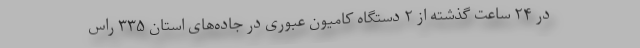
در ۲۴ ساعت گذشته از ۲ دستگاه کامیون عبوری در جاده‌های استان ۳۳۵ راس